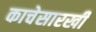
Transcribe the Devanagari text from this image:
काचेसारखी